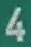
4